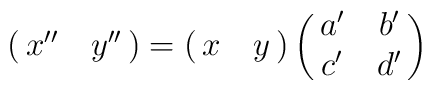
\pmatrix{x''&y''}=\pmatrix{x&y}\pmatrix{a'&b'\cr c'&d'}